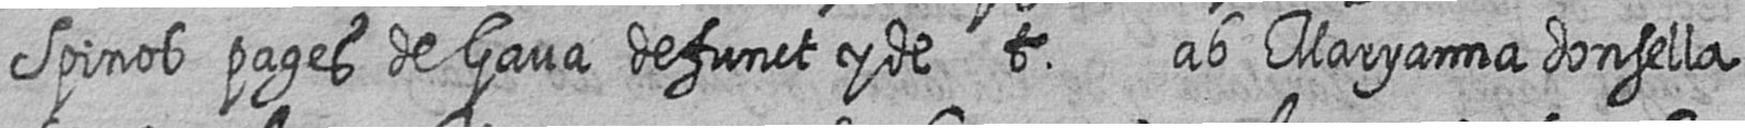
Spinos pages de Gava defunct y de t ab Maryanna donsella